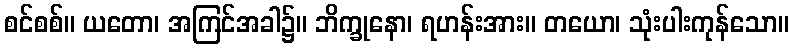
စင်စစ်။ ယတော၊ အကြင်အခါ၌။ ဘိက္ခုနော၊ ရဟန်းအား။ တယော၊ သုံးပါးကုန်သော။